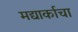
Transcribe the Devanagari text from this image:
मद्यार्काचा